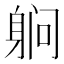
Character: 䠺